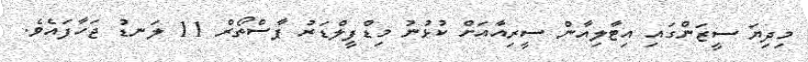
މިދިޔަ ސީޒަންގައި އިޓާލިއާން ސީރިއާއަށް ކުޅުނު މިޑްފީލްޑަރު ޕާސްތޯރް 11 ލަނޑު ޖަހާފައެވެ.